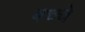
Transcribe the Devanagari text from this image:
बच्चे